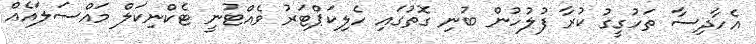
އެހާދިސާ ތަހުގީގު ކުރާ ފުލުހުން ބުނި ގޮތުގައި ހެލިކަޕްޓަރު ވެއްޓުނީ ޓެކްނިކަލް މައްސަލައެއް